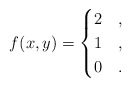
\begin{align*}f(x,y)=\begin{cases}2 & ,\\1 & ,\\0 & .\end{cases}\end{align*}